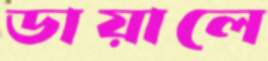
ডায়ালে